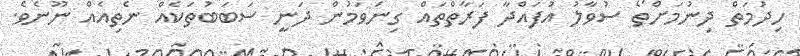
ހިދުމަތް ދިނުމަށްތޯ ސުވާލު އުފައްދާ ފަރާތްތައް ގިނަވަމުން ދަނީ ސަބަބުތަކެއް ނެތިއެއް ނޫނެވެ.